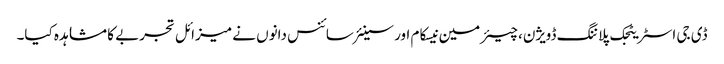
ڈی جی اسٹریٹجک پلاننگ ڈویژن، چیئرمین نیسکام اور سینئر سائنس دانوں نے میزائل تجربے کا مشاہدہ کیا۔